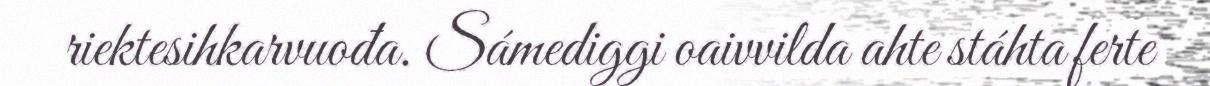
riektesihkarvuođa. Sámediggi oaivvilda ahte stáhta ferte